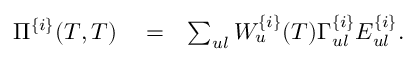
\begin{array} { r l r } { \Pi ^ { \{ i \} } ( T , T ) } & { { } = } & { \sum _ { u l } W _ { u } ^ { \{ i \} } ( T ) \Gamma _ { u l } ^ { \{ i \} } E _ { u l } ^ { \{ i \} } . } \end{array}